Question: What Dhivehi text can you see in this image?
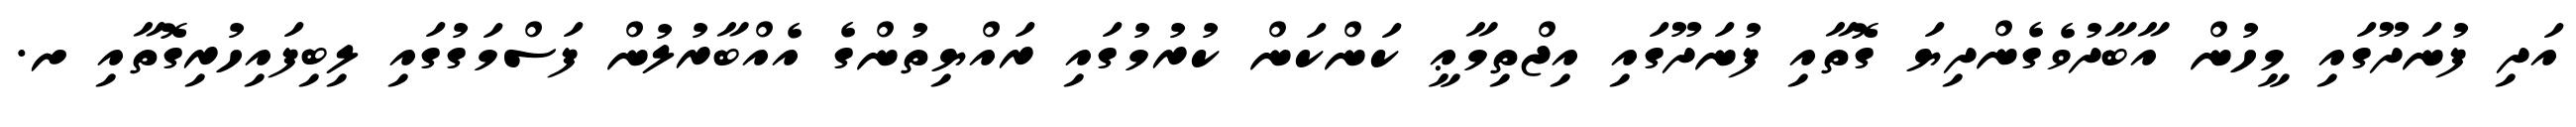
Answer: އަދި ފުނަދޫގައި މީހުން އާބާދުވެގެންދިޔަ ގޮތާއި ފުނަދޫގައި އިޖްތިމާޢީ ކަންކަން ކުރުމުގައި ރައްޔިތުންގެ އެއްބާރުލުން ފަސްމަގުގައި ލިބިފައިހުރިގޮތާއި ށ.